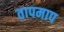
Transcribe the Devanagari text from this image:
तापमाप